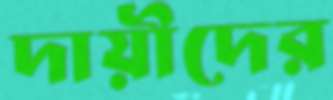
দায়ীদের